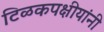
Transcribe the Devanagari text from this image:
टिळकपक्षीयांनी